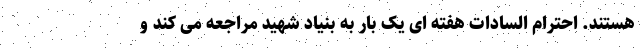
هستند. احترام السادات هفته ای یک بار به بنیاد شهید مراجعه می کند و